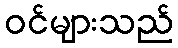
ဝင်များသည်